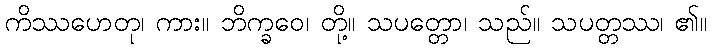
ကိဿဟေတု၊ ကား။ ဘိက္ခဝေ၊ တို့။ သပတ္တော၊ သည်။ သပတ္တဿ၊ ၏။